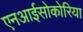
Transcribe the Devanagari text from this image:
एनआईसोकोरिया